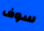
سوف